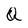
Character: Q